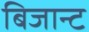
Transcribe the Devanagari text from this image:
बिजान्ट